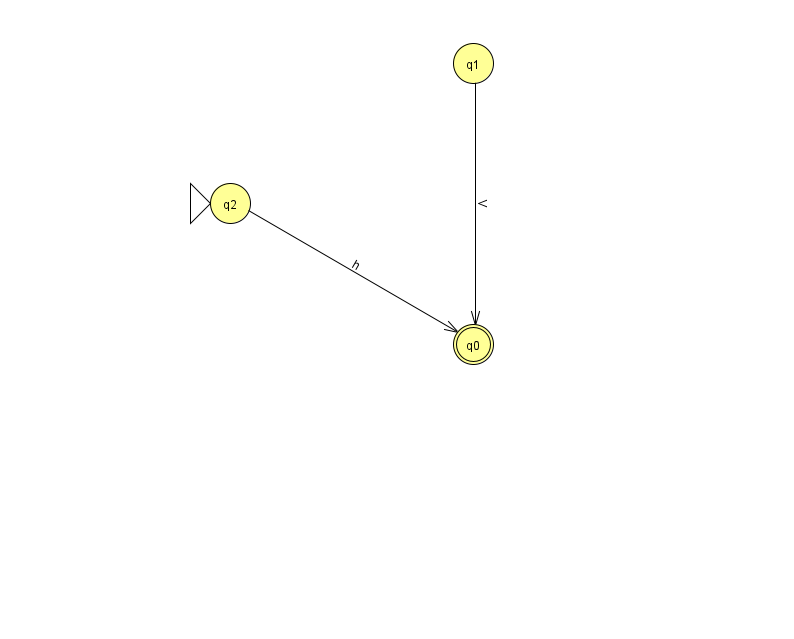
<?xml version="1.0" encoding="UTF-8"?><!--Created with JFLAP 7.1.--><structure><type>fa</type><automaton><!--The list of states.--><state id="0" name="q0"><x>473.0</x><y>331.0</y><final/></state><state id="1" name="q1"><x>473.0</x><y>50.0</y></state><state id="2" name="q2"><x>230.0</x><y>190.0</y><initial/></state><!--The list of transitions.--><transition><from>1</from><to>0</to><read>V</read></transition><transition><from>2</from><to>0</to><read>h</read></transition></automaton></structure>